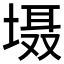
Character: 𱗝